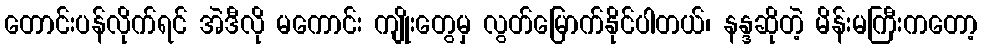
တောင်းပန်လိုက်ရင် အဲဒီလို မကောင်း ကျိုးတွေမှ လွတ်မြောက်နိုင်ပါတယ်၊ နန္ဒဆိုတဲ့ မိန်းမကြီးကတော့